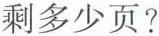
剩多少页?